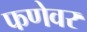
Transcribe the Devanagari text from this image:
फणेवर